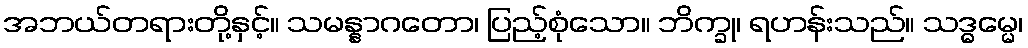
အဘယ်တရားတို့နှင့်။ သမန္နာဂတော၊ ပြည့်စုံသော။ ဘိက္ခု၊ ရဟန်းသည်။ သဒ္ဓမ္မေ၊